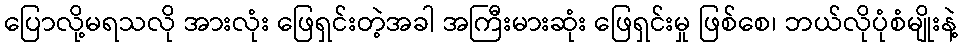
ပြောလို့မရသလို အားလုံး ဖြေရှင်းတဲ့အခါ အကြီးမားဆုံး ဖြေရှင်းမှု ဖြစ်စေ၊ ဘယ်လိုပုံစံမျိုးနဲ့